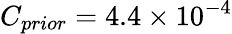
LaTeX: C_{prior}=4.4\times 10^{-4}